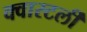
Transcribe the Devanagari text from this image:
क्वारटर्ली